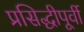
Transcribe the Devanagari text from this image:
प्रसिद्धीपूर्वी